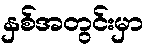
နှစ်အတွင်းမှာ